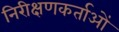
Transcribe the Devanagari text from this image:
निरीक्षणकर्ताओं